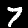
Label: 7